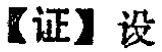
【证】设